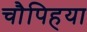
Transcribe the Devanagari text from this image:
चौपिहया